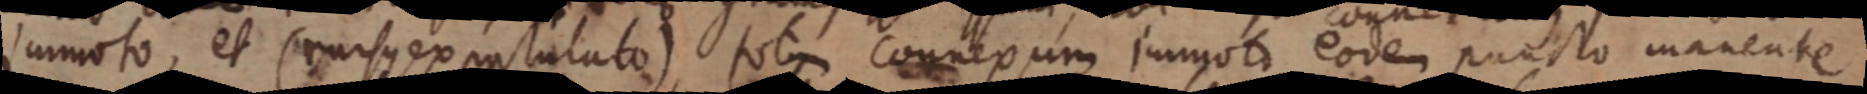
immoto, et (cursus ex antulato) sot connexum immoto eodem puncto manente